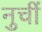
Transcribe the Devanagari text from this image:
नुचीं